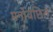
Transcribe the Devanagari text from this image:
मनोवंछित